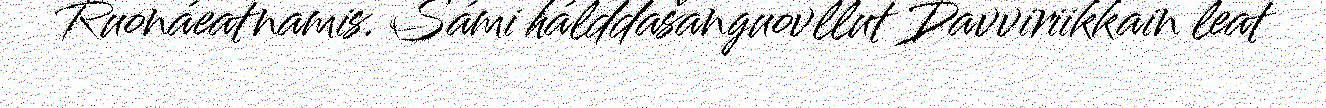
Ruonáeatnamis. Sámi hálddašanguovllut Davviriikkain leat